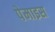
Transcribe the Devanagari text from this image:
पेमाइस